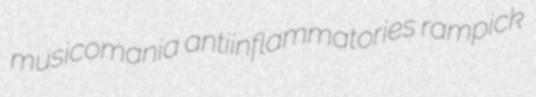
musicomania antiinflammatories rampick